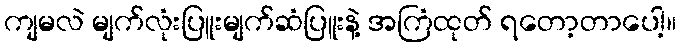
ကျမလဲ မျက်လုံးပြူးမျက်ဆံပြူးနဲ့ အကြံထုတ် ရတော့တာပေါ့။